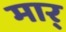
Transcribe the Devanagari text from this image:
मार्